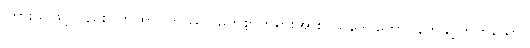
ကြားသဖြင့်လည်း။ တထာဂတဿ၊ မြတ်စွာဘုရားအား။ သဒေဝကော၊ နတ်နှင့်တကွသော။